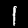
Digit: 1